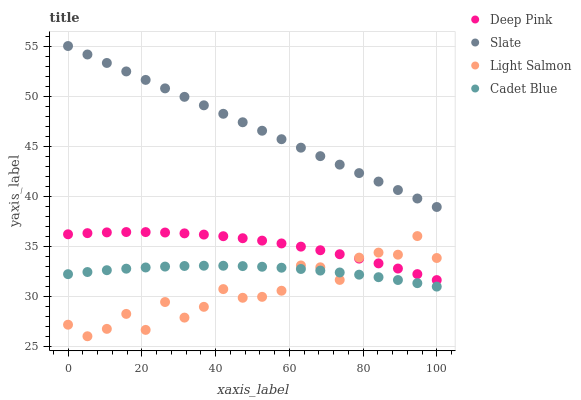
| xaxis_label | Deep Pink | Slate | Light Salmon | Cadet Blue |
 | --- | --- | --- | --- | --- |
 | 0 | 36.2 | 55 | 27.2 | 32.2 |
 | 5.26 | 36.3 | 54.2 | 26 | 32.4 |
 | 10.5 | 36.4 | 53.3 | 26.7 | 32.6 |
 | 15.8 | 36.4 | 52.5 | 28.2 | 32.8 |
 | 21.1 | 36.4 | 51.6 | 26.6 | 32.9 |
 | 26.3 | 36.4 | 50.8 | 29.4 | 33 |
 | 31.6 | 36.3 | 49.9 | 27.9 | 33 |
 | 36.8 | 36.2 | 49.1 | 28.9 | 33 |
 | 42.1 | 36 | 48.2 | 30.7 | 33 |
 | 47.4 | 35.8 | 47.4 | 29.8 | 33 |
 | 52.6 | 35.6 | 46.5 | 29.9 | 32.9 |
 | 57.9 | 35.3 | 45.7 | 30.5 | 32.8 |
 | 63.2 | 35 | 44.8 | 33.1 | 32.7 |
 | 68.4 | 34.6 | 44 | 32.9 | 32.6 |
 | 73.7 | 34.2 | 43.1 | 31.6 | 32.4 |
 | 78.9 | 33.8 | 42.3 | 33.9 | 32.2 |
 | 84.2 | 33.3 | 41.5 | 34.4 | 31.9 |
 | 89.5 | 32.8 | 40.6 | 34.1 | 31.6 |
 | 94.7 | 32.2 | 39.8 | 36 | 31.3 |
 | 100 | 31.6 | 38.9 | 33.8 | 31 |